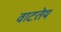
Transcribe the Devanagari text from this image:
वाटतेय